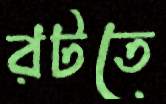
রটতে